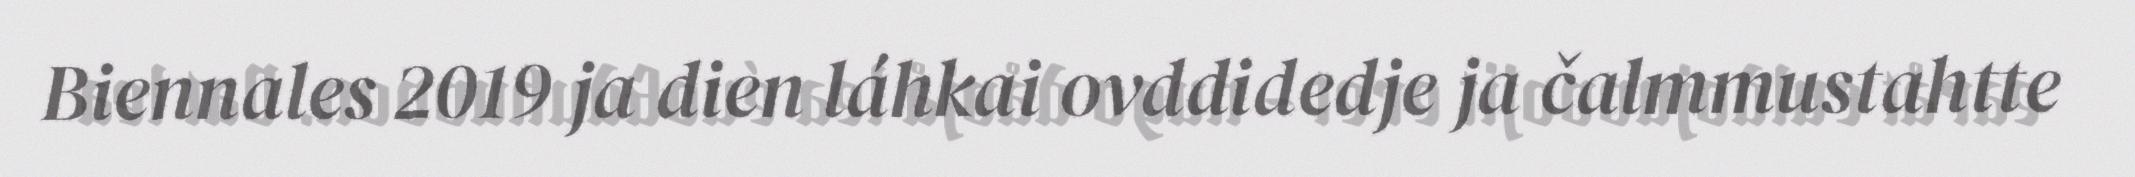
Biennales 2019 ja dien láhkai ovddidedje ja čalmmustahtte